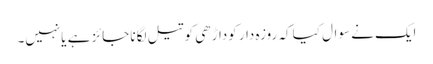
ایک نے سوال کیا کہ روزہ دار کوداڑھی کو تیل لگانا جائز ہے یانہیں۔